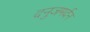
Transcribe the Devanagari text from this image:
दनुजमर्दन